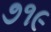
૭૧૯